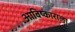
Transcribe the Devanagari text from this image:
आविष्काराला